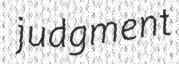
judgment